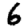
Digit: 6